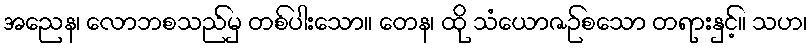
အညေန၊ လောဘစသည်မှ တစ်ပါးသော။ တေန၊ ထို သံယောဇဉ်စသော တရားနှင့်။ သဟ၊